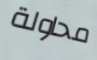
محاولة